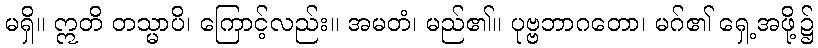
မရှိ။ ဣတိ တသ္မာပိ၊ ကြောင့်လည်း။ အမတံ၊ မည်၏။ ပုဗ္ဗဘာဂတော၊ မဂ်၏ ရှေ့အဖို့၌